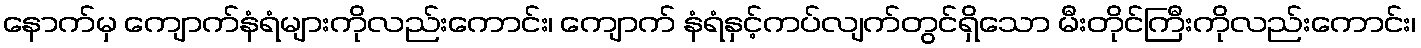
နောက်မှ ကျောက်နံရံများကိုလည်းကောင်း၊ ကျောက် နံရံနှင့်ကပ်လျက်တွင်ရှိသော မီးတိုင်ကြီးကိုလည်းကောင်း၊